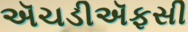
ઍચડીઍફસી